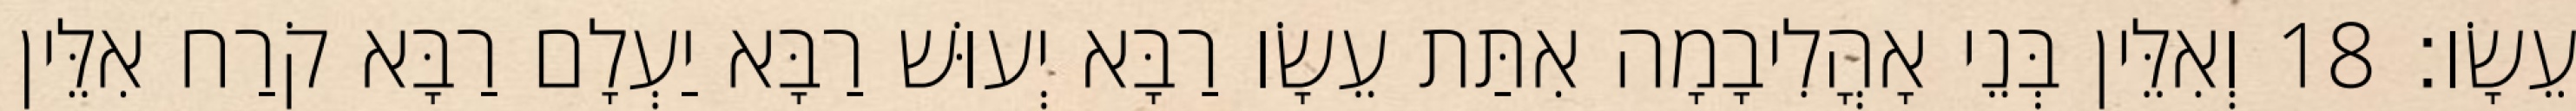
עֵשָׂו׃ 18 וְאִלֵּין בְּנֵי אָהֳלִיבָמָה אִתַּת עֵשָׂו רַבָּא יְעוּשׁ רַבָּא יַעְלָם רַבָּא קֹרַח אִלֵּין